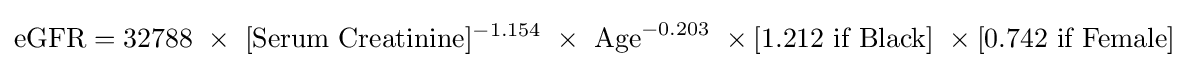
{\text{eGFR}}={\text{32788}}\ \times \ [{\text{Serum Creatinine}}]^{-1.154}\ \times \ {\text{Age}}^{-0.203}\ \times {\text{[1.212 if Black]}}\ \times {\text{[0.742 if Female]}}